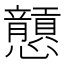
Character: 𢥮